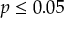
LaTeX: p \leq 0 . 0 5